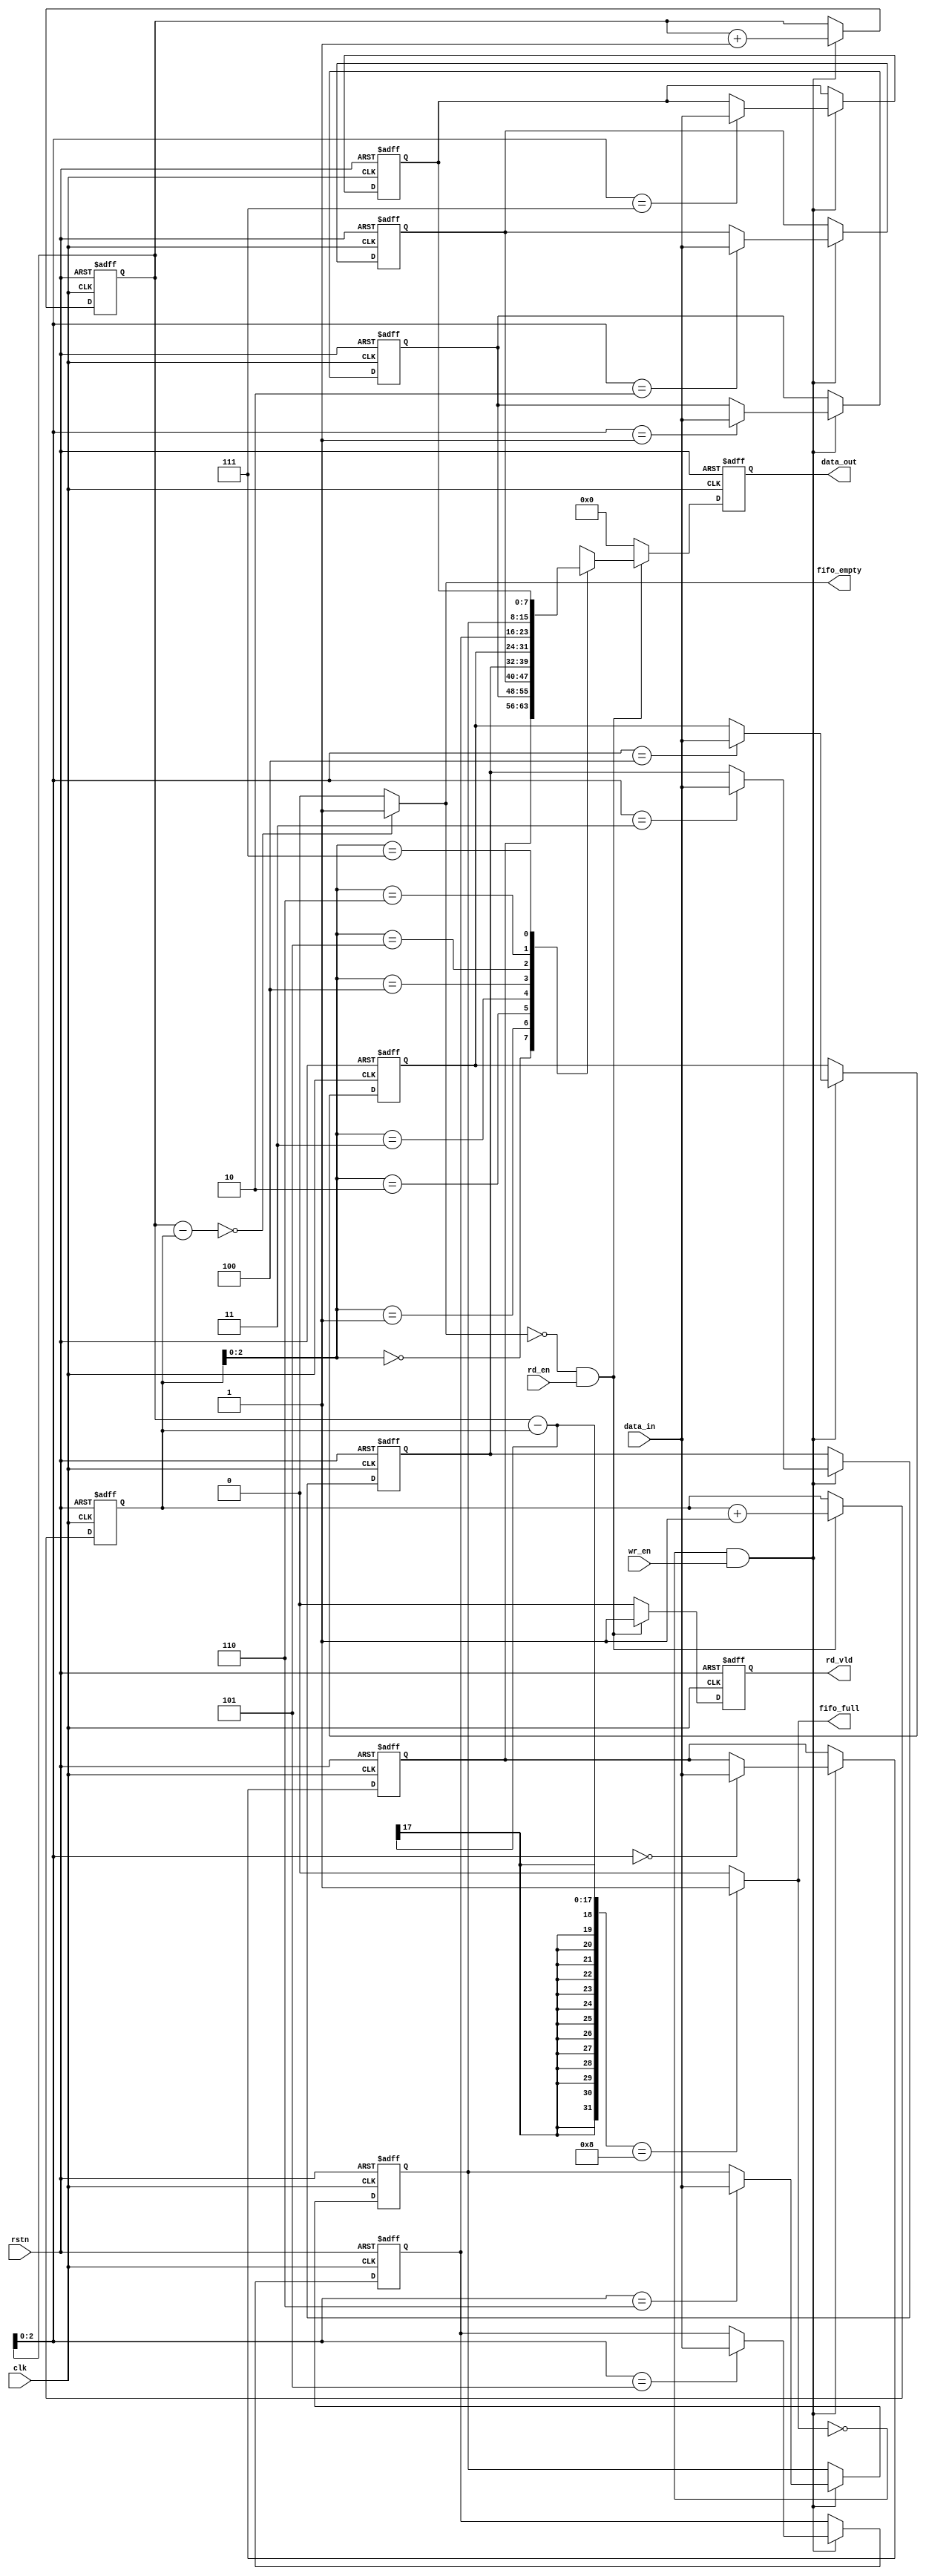
//Synchroous FIFO

`define data_width 8
`define fifo_depth 8
`define addr_width 16

module sync_fifo 

 (input clk,rstn,wr_en,rd_en,
  input [(`data_width-1):0] data_in,
  output fifo_empty,fifo_full,
  output reg rd_vld,
  output reg [(`data_width-1):0] data_out);
  
  reg [`addr_width:0] wr_ptr,rd_ptr;
  reg [(`data_width-1):0] mem [0:(`fifo_depth-1)];
  integer i;
  
//Write pointer logic
always @ (posedge clk, posedge rstn)
 if (rstn) begin
 wr_ptr <= 1'd0;
 for(i=0; i < `fifo_depth; i = i+1)
 mem[i] <= 1'd0;
 end
 else if ((!fifo_full) && wr_en) begin
 mem [wr_ptr[(`addr_width-1):0]] <= data_in;
 wr_ptr <= wr_ptr + 1'b1;
 end
 
//Read pointer logic
always @ (posedge clk, posedge rstn)
if (rstn) begin
 rd_ptr <= 1'd0;
 rd_vld <= 1'd0;
 data_out <= 1'd0;
 end
 else if ((!fifo_empty) && rd_en) begin
 data_out <= mem [rd_ptr[(`addr_width-1):0]];
 rd_ptr <= rd_ptr + 1'b1;
 rd_vld <= 1'b1;
 end
 else begin
 rd_vld <= 1'b0;
 data_out <= 1'b0;
 end
 
//Setting empty and full flags
assign fifo_empty = ((wr_ptr - rd_ptr) == 1'd0) ? 1'b1 : 1'b0;
assign fifo_full = ((wr_ptr - rd_ptr) == `fifo_depth) ? 1'b1 : 1'b0;

endmodule